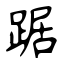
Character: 踞